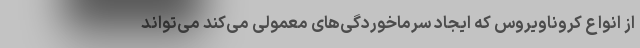
از انواع کروناویروس که ایجاد سرماخوردگی‌های معمولی می‌کند می‌تواند